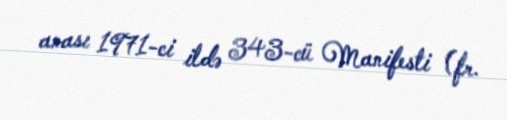
anası 1971-ci ildə 343-cü Manifesti (fr.